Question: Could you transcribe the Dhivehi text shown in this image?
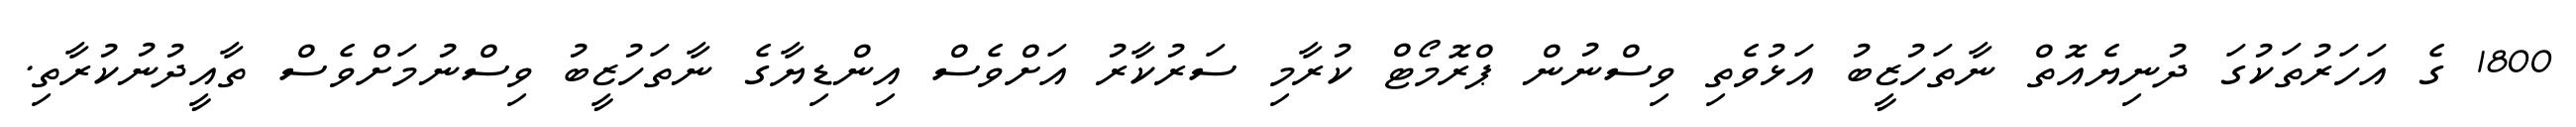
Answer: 1800 ގެ އަހަރުތަކުގަ ދުނިޔެއޮތް ނާތަހުޒީބު އަޅުވެތި ވިސްނުން ޕްރޮމޯޓް ކުރާމި ސަރުކާރު އަށްވެސް އިންޑިޔާގެ ނާތަހުޒީބު ވިސްނުމަށްވެސް ތާއީދުނުކުރާތި.